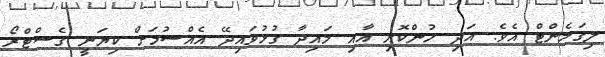
ލިގަމެންޓް އެވެ. އަދި ހުންކޮށި އާއި މައިދާ ގުޅުވައިދޭ އެއްސުމަށް ކިޔަނީ ގެސްޓްރޯ